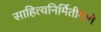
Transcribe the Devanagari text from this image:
साहित्यनिर्मितीमागे